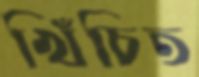
খিঁচিত